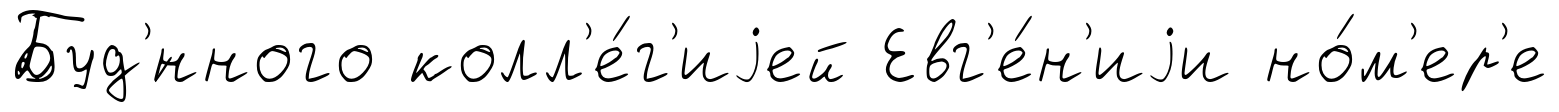
Буд'́нного колл'е́г'иjей Евг'е́н'иjи но́м'ер'е